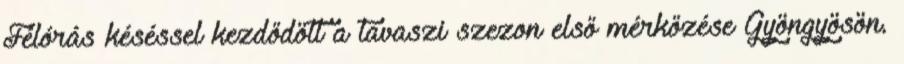
Félórás késéssel kezdődött a tavaszi szezon első mérkőzése Gyöngyösön.